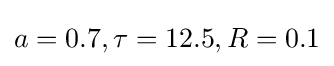
a=0.7,\tau =12.5,R=0.1